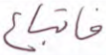
فاتباع